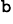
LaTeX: ^{\mathtt{b}}